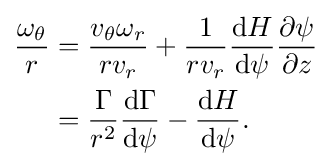
{\begin{aligned}{\frac {\omega _{\theta }}{r}}&={\frac {v_{\theta }\omega _{r}}{rv_{r}}}+{\frac {1}{rv_{r}}}{\frac {\mathrm {d} H}{\mathrm {d} \psi }}{\frac {\partial \psi }{\partial z}}\\&={\frac {\Gamma }{r^{2}}}{\frac {\mathrm {d} \Gamma }{\mathrm {d} \psi }}-{\frac {\mathrm {d} H}{\mathrm {d} \psi }}.\end{aligned}}